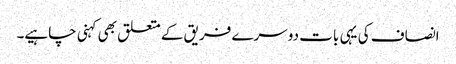
انصاف کی یہی بات دوسرے فریق کے متعلق بھی کہنی چاہیے۔